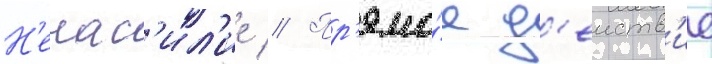
Н'енас'ил'ие // Пр'ямо́е д'еиств'ие